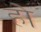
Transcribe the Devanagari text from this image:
होे